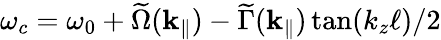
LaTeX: \omega_{c}=\omega_{0}+\widetilde\Omega(\mathbf{k}_{\parallel})-\widetilde\Gamma({\mathbf{k}_{\parallel}})\tan(k_{z}\ell)/2